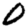
Digit: 0